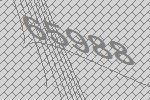
65988